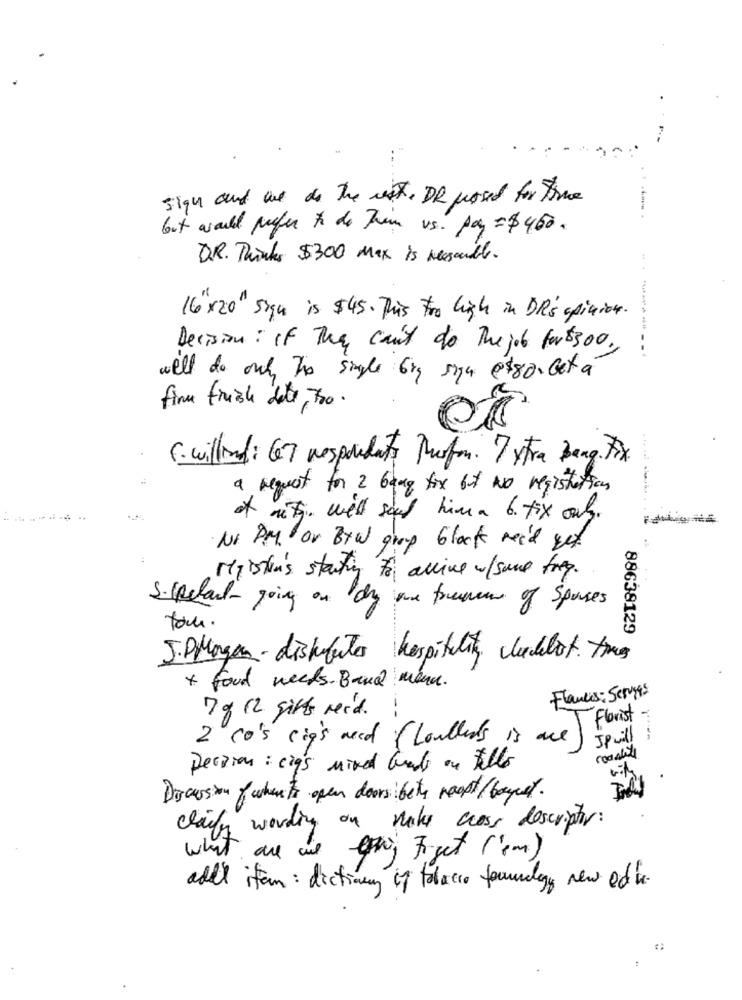
sign and we do the west, DR prosed for thre
but would prefer to do Them vs. pay = $450.
D.R. Thinks $300 Max is reasonable.
16 x20" sign is $45. This too high in DR's opinion.
Decision: If They can't do The job for $300.
--------
well do out The single 6kg siga @$80. Get à
fine friske det, 700.
6. willind: 67 respondents Muston. 7 xtra Bang. Fix
a request for 2 bang fix but No registration
-----
of mith. will send him a 6. fix only.
No P.M. or BYW group black weed yet.
:
Mpistin's starting to alline w/some tree.
S.celant- going on dy ane freuen of Spaces
tom.
88638129
J.P. Morgan- distributes hospitality, clicklot. tras
* food needs. Band menu.
Flancis : Services
7 g 12 gifts reid. :
Florist -
2 Co's sig's need ( loullers is are
squill ;
Decision : cias mixed brands on fills
Discussion ofwhereto open doorsibety roast/ boyet.
claire wording on make cross descriptor:
what are we t Forget l'on)
add itam: dictiony of tobacco foundligy new edin.
.